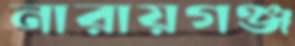
নারায়গঞ্জ